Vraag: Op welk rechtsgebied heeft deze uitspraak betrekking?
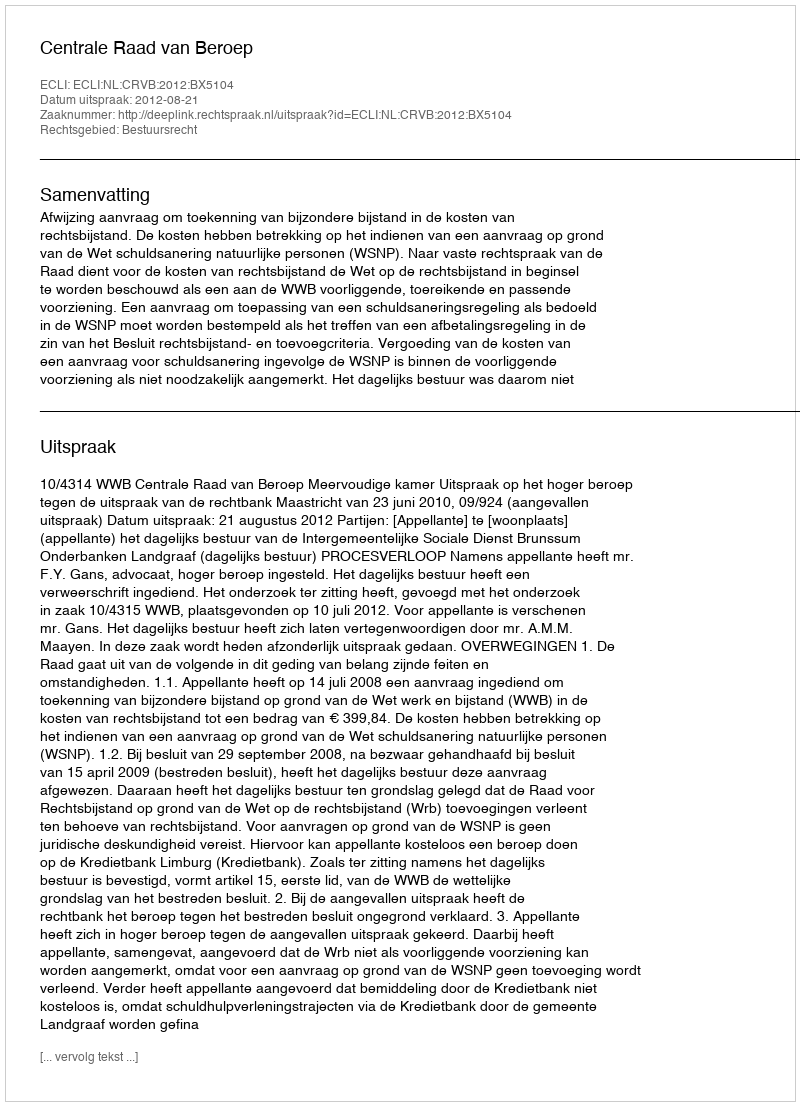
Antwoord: Bestuursrecht